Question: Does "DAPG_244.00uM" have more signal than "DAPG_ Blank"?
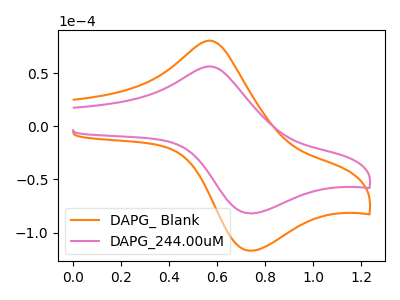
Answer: <think>The orange curve "DAPG_ Blank" has an anodic peak at (0.55V, 80.80uA) and a cathodic peak at (0.75V, -117.05uA). The pink curve "DAPG_244.00uM" has an anodic peak at (0.55V, 56.55uA) and a cathodic peak at (0.75V, -81.90uA).
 All the peaks in "DAPG_244.00uM" have a peak in "DAPG_ Blank" at the same potential. Every peak in "DAPG_244.00uM" is lower than every peak in "DAPG_ Blank".</think>
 <answer>"DAPG_244.00uM" has less signal than "DAPG_ Blank".</answer>
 <eval>less_signal</eval>